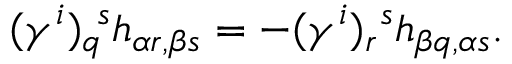
( \gamma ^ { i } ) _ { q } ^ { ~ s } h _ { \alpha r , \beta s } = - ( \gamma ^ { i } ) _ { r } ^ { ~ s } h _ { \beta q , \alpha s } .